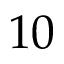
1 0